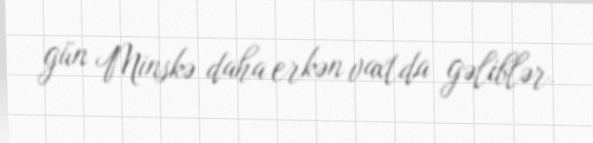
gün Minskə daha erkən vaxtda gəliblər.